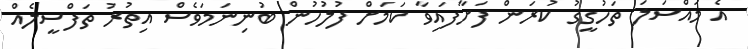
އެ މައްސަލަ ތަހުގީގު ކުރަން ފަށާފައިވާ ކަމަށް ފުލުހުން ބުނިނަމަވެސް އިތުރު ތަފްސީލެއް